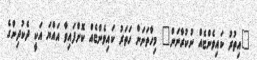
"އިތުރު ކައިވެންޏެއް ނުކުރާނަން" މިހާތަނަށް ހަތަރު ކައިވެންޏެއް ކޮށްފައިވާ އައްޔަ އަކީ ދެކުދިންގެ